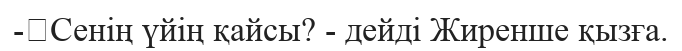
-	Сенің үйің қайсы? - дейді Жиренше қызға.